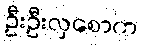
ဦးဦးလှစောက